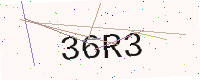
Text: 36R3